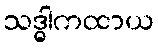
သဒ္ဓါကထာယ